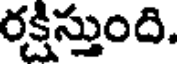
రక్షిస్తుంది.